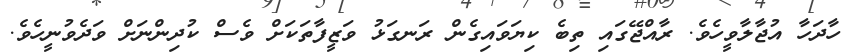
ހާދަހާ އުޖާލާވީހެވެ. ރާއްޖޭގައި ތިބެ ކިޔަވައިގެން ރަނގަޅު ވަޒީފާތަކަށް ވެސް ކުދިންނަށް ވަދެވުނީހެވެ.